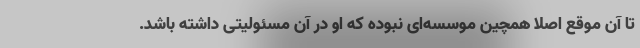
تا آن موقع اصلا همچین موسسه‌ای نبوده که او در آن مسئولیتی داشته باشد.